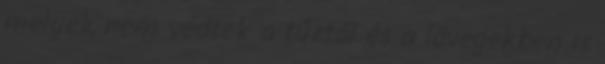
melyek nem védtek a tűztől és a lövegekben is